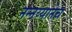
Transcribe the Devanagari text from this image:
नन्नय्यानेच